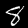
Label: 8